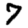
Digit: 7